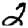
Digit: 2